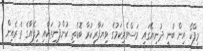
މިފްކޯ އިން ބުނީ ދުނިޔޭގައި މަސްވެރިކަމުގެ ވިޔަފާރިކުރާ ބޮޑެތި ކުންފުނިތަކާއި މިފެއާގެ ތެރެއިން